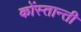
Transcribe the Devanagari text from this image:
कोंस्तान्ती